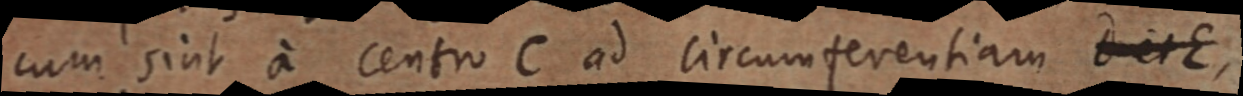
cum sint a centro C ad circumferentiam D et E,